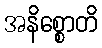
အနိစ္စောတိ